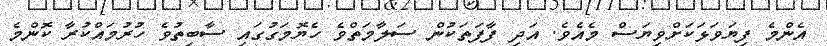
އެންމެ ފިޔަވަޅަކަށްވިޔަސް މެއެވެ. އަދި ފާފަތަކުން ސަލާމަތްވެ ހެޔޮމަގުގައި ސާބިތުވެ ހުރުމައްކުރާ ކޮންމެ